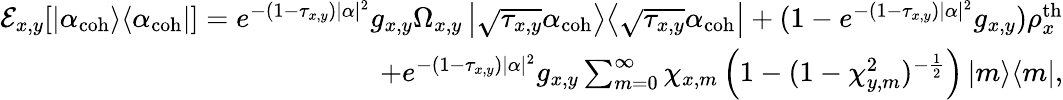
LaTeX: \begin{array}{r}{\mathcal{E}_{x,y}[\left|\alpha_{\mathrm{coh}}\middle>\middle<\alpha_{\mathrm{coh}}\right|]=e^{-(1-\tau_{x,y})|\alpha|^{2}}g_{x,y}\Omega_{x,y}\left|\sqrt{\tau_{x,y}}\alpha_{\mathrm{coh}}\middle>\middle<\sqrt{\tau_{x,y}}\alpha_{\mathrm{coh}}\right|+(1-e^{-(1-\tau_{x,y})|\alpha|^{2}}g_{x,y})\rho_{x}^{\mathrm{th}}}\\ {+e^{-(1-\tau_{x,y})|\alpha|^{2}}g_{x,y}\sum_{m=0}^{\infty}\chi_{x,m}\left(1-(1-\chi_{y,m}^{2})^{-\frac{1}{2}}\right)\left|m\middle>\middle<m\right|,}\end{array}